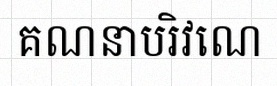
គណនាបរិវេណ